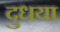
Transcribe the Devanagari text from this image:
दुधया